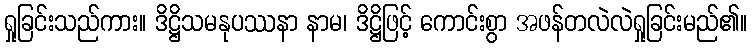
ရှုခြင်းသည်ကား။ ဒိဋ္ဌိသမနုပဿနာ နာမ၊ ဒိဋ္ဌိဖြင့် ကောင်းစွာ အဖန်တလဲလဲရှုခြင်းမည်၏။